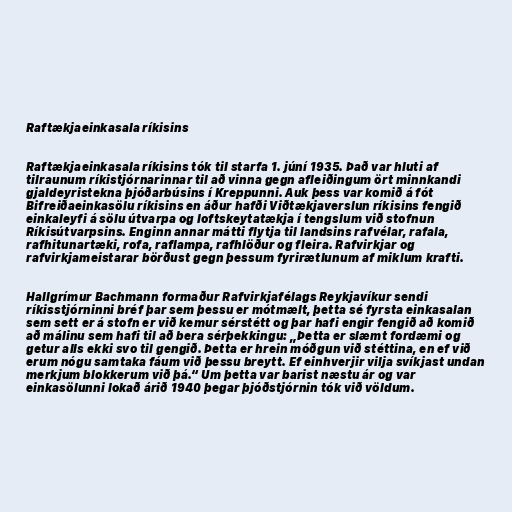
Raftækjaeinkasala ríkisins

Raftækjaeinkasala ríkisins tók til starfa 1. júní 1935. Það var hluti af
tilraunum ríkistjórnarinnar til að vinna gegn afleiðingum ört minnkandi
gjaldeyristekna þjóðarbúsins í Kreppunni. Auk þess var komið á fót
Bifreiðaeinkasölu ríkisins en áður hafði Viðtækjaverslun ríkisins fengið
einkaleyfi á sölu útvarpa og loftskeytatækja í tengslum við stofnun
Ríkisútvarpsins. Enginn annar mátti flytja til landsins rafvélar, rafala,
rafhitunartæki, rofa, raflampa, rafhlöður og fleira. Rafvirkjar og
rafvirkjameistarar börðust gegn þessum fyrirætlunum af miklum krafti.

Hallgrímur Bachmann formaður Rafvirkjafélags Reykjavíkur sendi
ríkisstjórninni bréf þar sem þessu er mótmælt, þetta sé fyrsta einkasalan
sem sett er á stofn er við kemur sérstétt og þar hafi engir fengið að komið
að málinu sem hafi til að bera sérþekkingu: „Þetta er slæmt fordæmi og
getur alls ekki svo til gengið. Þetta er hrein móðgun við stéttina, en ef við
erum nógu samtaka fáum við þessu breytt. Ef einhverjir vilja svíkjast undan
merkjum blokkerum við þá.“ Um þetta var barist næstu ár og var
einkasölunni lokað árið 1940 þegar þjóðstjórnin tók við völdum.